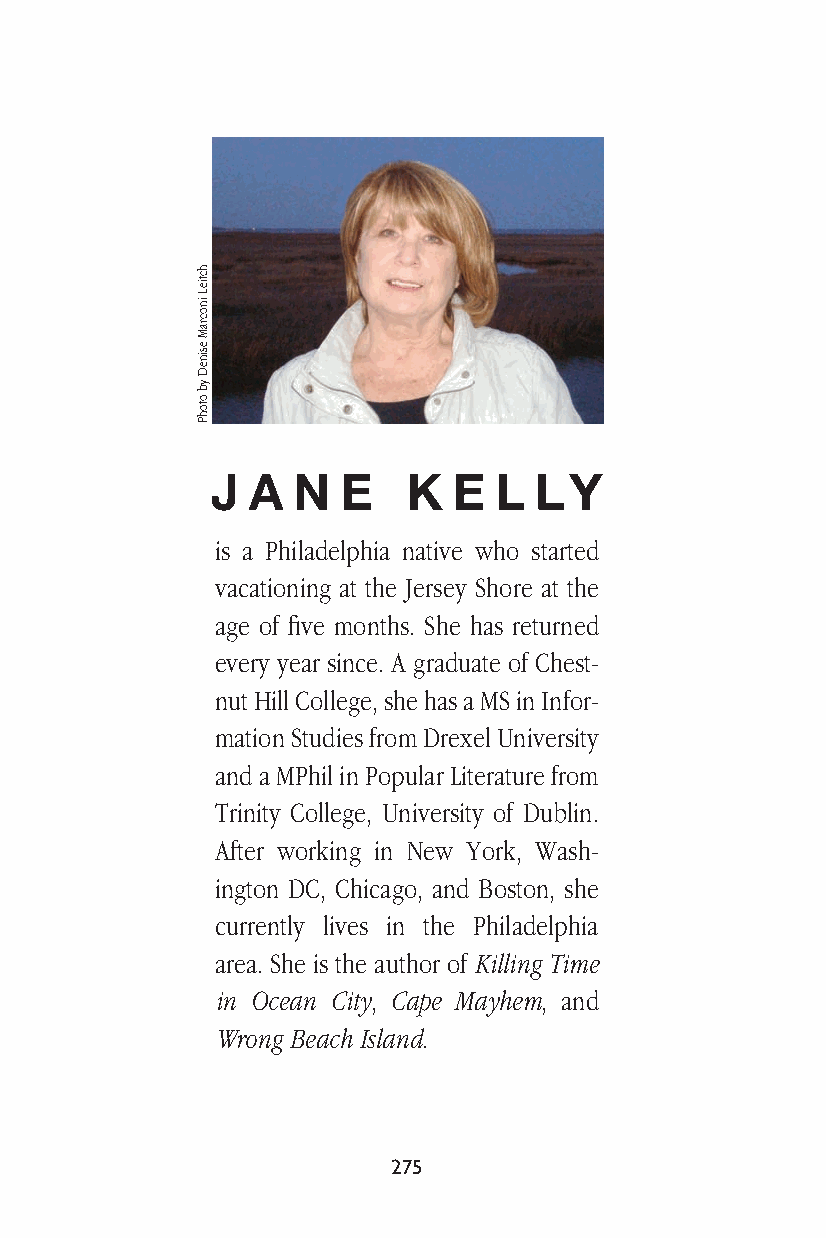
J A  N   E   K  E  L LY
 is a Philadelphia native who started
 vacationing at the Jersey Shore at the
 age of five months. She has returned
 every year since. A graduate of Chest-
 nut Hill College, she has a MS in Infor-
 mation Studies from Drexel University
 and a MPhil in Popular Literature from
 Trinity College, University of Dublin.
 After working in New York, Wash-
 ington DC, Chicago, and Boston, she
 currently lives in the Philadelphia
 area. She is the author of Killing Time
 in Ocean City, Cape Mayhem, and
 Wrong Beach Island.
 275
 hctieL
 inocraM
 esineD
 yb
 otohP